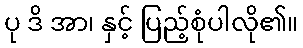
ပု ဒိ အာ၊ နှင့် ပြည့်စုံပါလို၏။